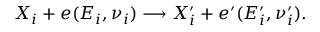
X _ { i } + e ( E _ { i } , \nu _ { i } ) \longrightarrow X _ { i } ^ { \prime } + e ^ { \prime } ( E _ { i } ^ { \prime } , \nu _ { i } ^ { \prime } ) .